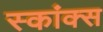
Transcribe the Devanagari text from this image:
स्कांक्स